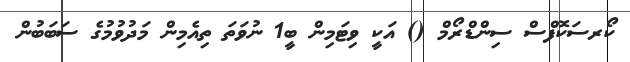
ކޯރސަކޮފްސް ސިންޑްރޯމް () އަކީ ވިޓަމިން ބީ1 ނުވަތަ ތިއެމިން މަދުވުމުގެ ސަބަބުން